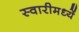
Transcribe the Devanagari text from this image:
स्वारीमध्यें